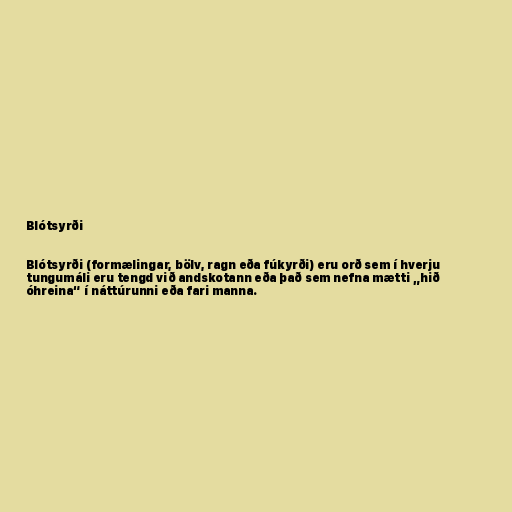
Blótsyrði

Blótsyrði (formælingar, bölv, ragn eða fúkyrði) eru orð sem í hverju
tungumáli eru tengd við andskotann eða það sem nefna mætti „hið
óhreina“ í náttúrunni eða fari manna.